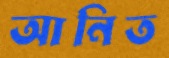
আনিত